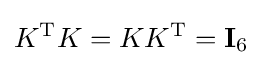
K^{\mathrm {T} }K=KK^{\mathrm {T} }=\mathbf {I} _{6}